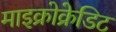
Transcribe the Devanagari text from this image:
माइक्रोक्रेडिट